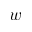
w